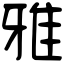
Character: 雅